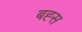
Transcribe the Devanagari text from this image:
बह्स